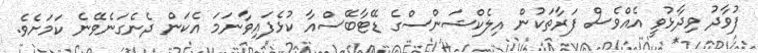
ފުވާދު ވިދާޅުވީ އެއްވެސް ފަރާތަކުން އިލެކްޝަންސްގެ ޑޭޓާބޭސްއާ ކުޅެފައިވާނަމަ އެކަން ދެނެގަނެވޭނެ ކަމަށެވެ.